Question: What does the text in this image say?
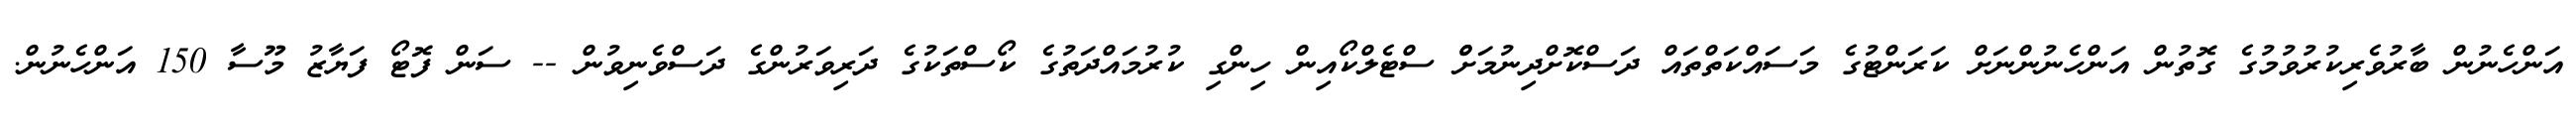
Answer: އަންހެނުން ބާރުވެރިކުރުވުމުގެ ގޮތުން އަންހެނުންނަށް ކަރަންޓުގެ މަސައްކަތްތައް ދަސްކޮށްދިނުމަށްް ސްޓެލްކޯއިން ހިންގި ކުރުމައްދަތުގެ ކޯސްތަކުގެ ދަރިވަރުންގެ ދަސްވެނިވުން -- ސަން ފޮޓޯ ފަޔާޒު މޫސާ 150 އަންހެނުން.